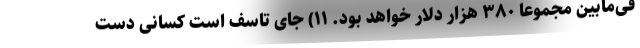
فی‌مابین مجموعاً ۳۸۰ هزار دلار خواهد بود. ۱۱) جای تاسف است کسانی دست